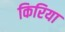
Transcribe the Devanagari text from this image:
किरिया